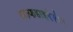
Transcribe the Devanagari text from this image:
सल्फडाइऐज़ीन